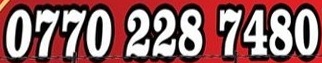
0770 228 7480